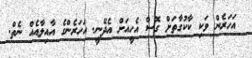
އަހަރެން ވަކި ކާކުގާތަށް ގޮސް އެހީއަށް އެދޭނީ. އަހަރެންގެ އާއިލާއެއް ނެތް.